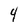
Character: 4